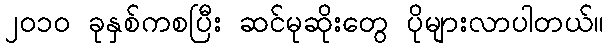
၂၀၁၀ ခုနှစ်ကစပြီး ဆင်မုဆိုးတွေ ပိုများလာပါတယ်။